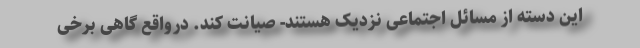
این دسته از مسائل اجتماعی نزدیک هستند- صیانت کند. درواقع گاهی برخی